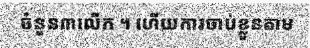
ចំនួន៣លើក ។ ហើយការចាប់ខ្លួនតាម